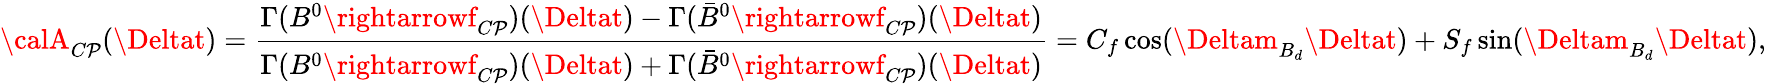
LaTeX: {\calA}_{C\mathcal{P}}(\Deltat)={\frac{{\Gamma(B^{0}\rightarrowf_{C\mathcal{P}})(\Deltat)-\Gamma(\bar{{B}}^{0}\rightarrowf_{C\mathcal{P}})(\Deltat)}}{{\Gamma(B^{0}\rightarrowf_{C\mathcal{P}})(\Deltat)+\Gamma(\bar{{B}}^{0}\rightarrowf_{C\mathcal{P}})(\Deltat)}}}=C_{f}\cos(\Deltam_{B_{d}}\Deltat)+S_{f}\sin(\Deltam_{B_{d}}\Deltat),